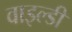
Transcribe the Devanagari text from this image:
वाइल्डी